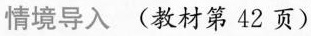
情境导入(教材第42页)